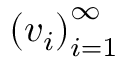
\left( v _ { i } \right) _ { i = 1 } ^ { \infty }